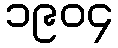
၁၉၀၄